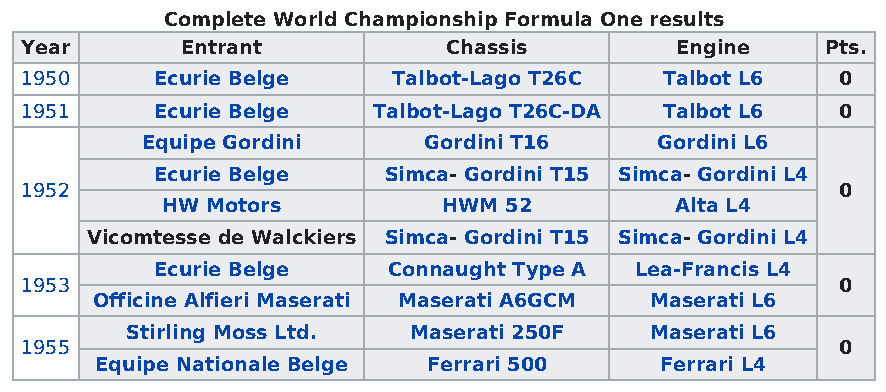
Complete World Championship Formula One results
 Year       Entrant           Chassis        Engine    Pts.
 1950     Ecurie Belge    Talbot-Lago T26C  Talbot L6   0
 1951     Ecurie Belge   Talbot-Lago T26C-DA Talbot L6  0
 Equipe Gordini     Gordini T16     Gordini L6
 Ecurie Belge   Simca- Gordini T15 Simca- Gordini L4
 1952                                                   0
 HW Motors         HWM 52          Alta L4
 Vicomtesse de Walckiers Simca- Gordini T15 Simca- Gordini L4
 Ecurie Belge    Connaught Type A Lea-Francis L4
 1953                                                   0
 Officine Alfieri Maserati Maserati A6GCM Maserati L6
 Stirling Moss Ltd. Maserati 250F   Maserati L6
 1955                                                   0
 Equipe Nationale Belge Ferrari 500    Ferrari L4